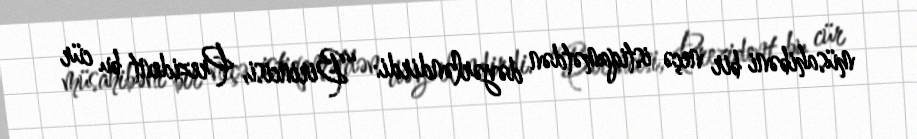
müsahibəni bir neçə istiqamətdən dəyərləndirdi: “Birincisi, Prezident bu cür